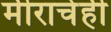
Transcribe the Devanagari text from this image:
मीराचेही